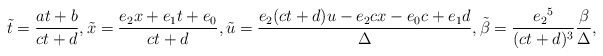
\begin{gather*}\tilde t=\dfrac{at+b}{ct+d},\tilde x=\dfrac{e_2x+e_1t+e_0}{ct+d},\tilde u=\dfrac{e_2(ct+d)u-e_2cx-e_0c+e_1d}\Delta,\tilde \beta=\dfrac{e_2{}^5}{(ct+d)^3}\dfrac {\beta}\Delta,\end{gather*}